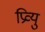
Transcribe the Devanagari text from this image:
प्रिव्यु